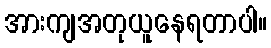
အားကျအတုယူနေရတာပါ။